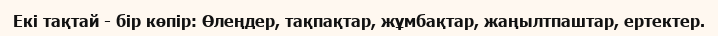
Екі тақтай - бір көпір: Өлеңдер, тақпақтар, жұмбақтар, жаңылтпаштар, ертектер.